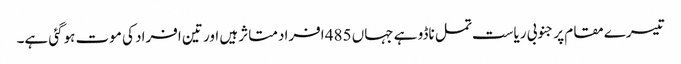
تیسرے مقام پر جنوبی ریاست تمل ناڈو ہے جہاں 485 افراد متاثر ہیں اور تین افراد کی موت ہوگئی ہے۔